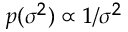
\scriptstyle { p ( \sigma ^ { 2 } ) \; \propto \; 1 / \sigma ^ { 2 } }